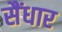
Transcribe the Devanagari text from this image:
सैंधार